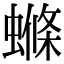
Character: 螩